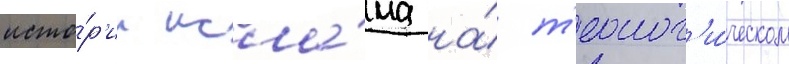
исто́р'ии исла́ма на́ т'еолог'и́ческом